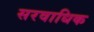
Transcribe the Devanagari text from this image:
सरवाधिक